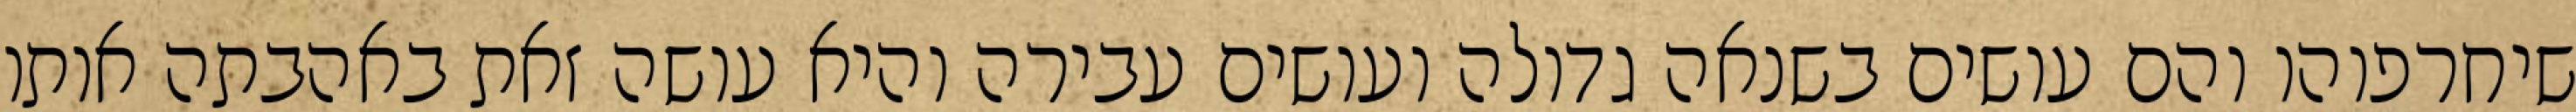
שיחרפוהו והם עושים בשנאה גדולה ועושים עבירה והיא עושה זאת באהבתה אותו